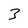
Character: 3